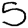
Digit: 5